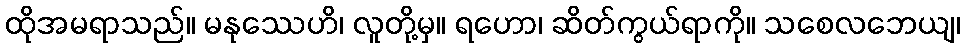
ထိုအမရာသည်။ မနုဿေဟိ၊ လူတို့မှ။ ရဟော၊ ဆိတ်ကွယ်ရာကို။ သစေလဘေယျ၊